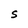
Character: S